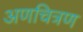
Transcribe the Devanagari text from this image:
अणचित्रण